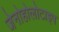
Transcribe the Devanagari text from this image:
जेनोहोलोटाइप